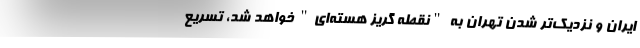
ایران و نزدیک‌تر شدن تهران به "نقطه گریز هسته‌ای" خواهد شد، تسریع